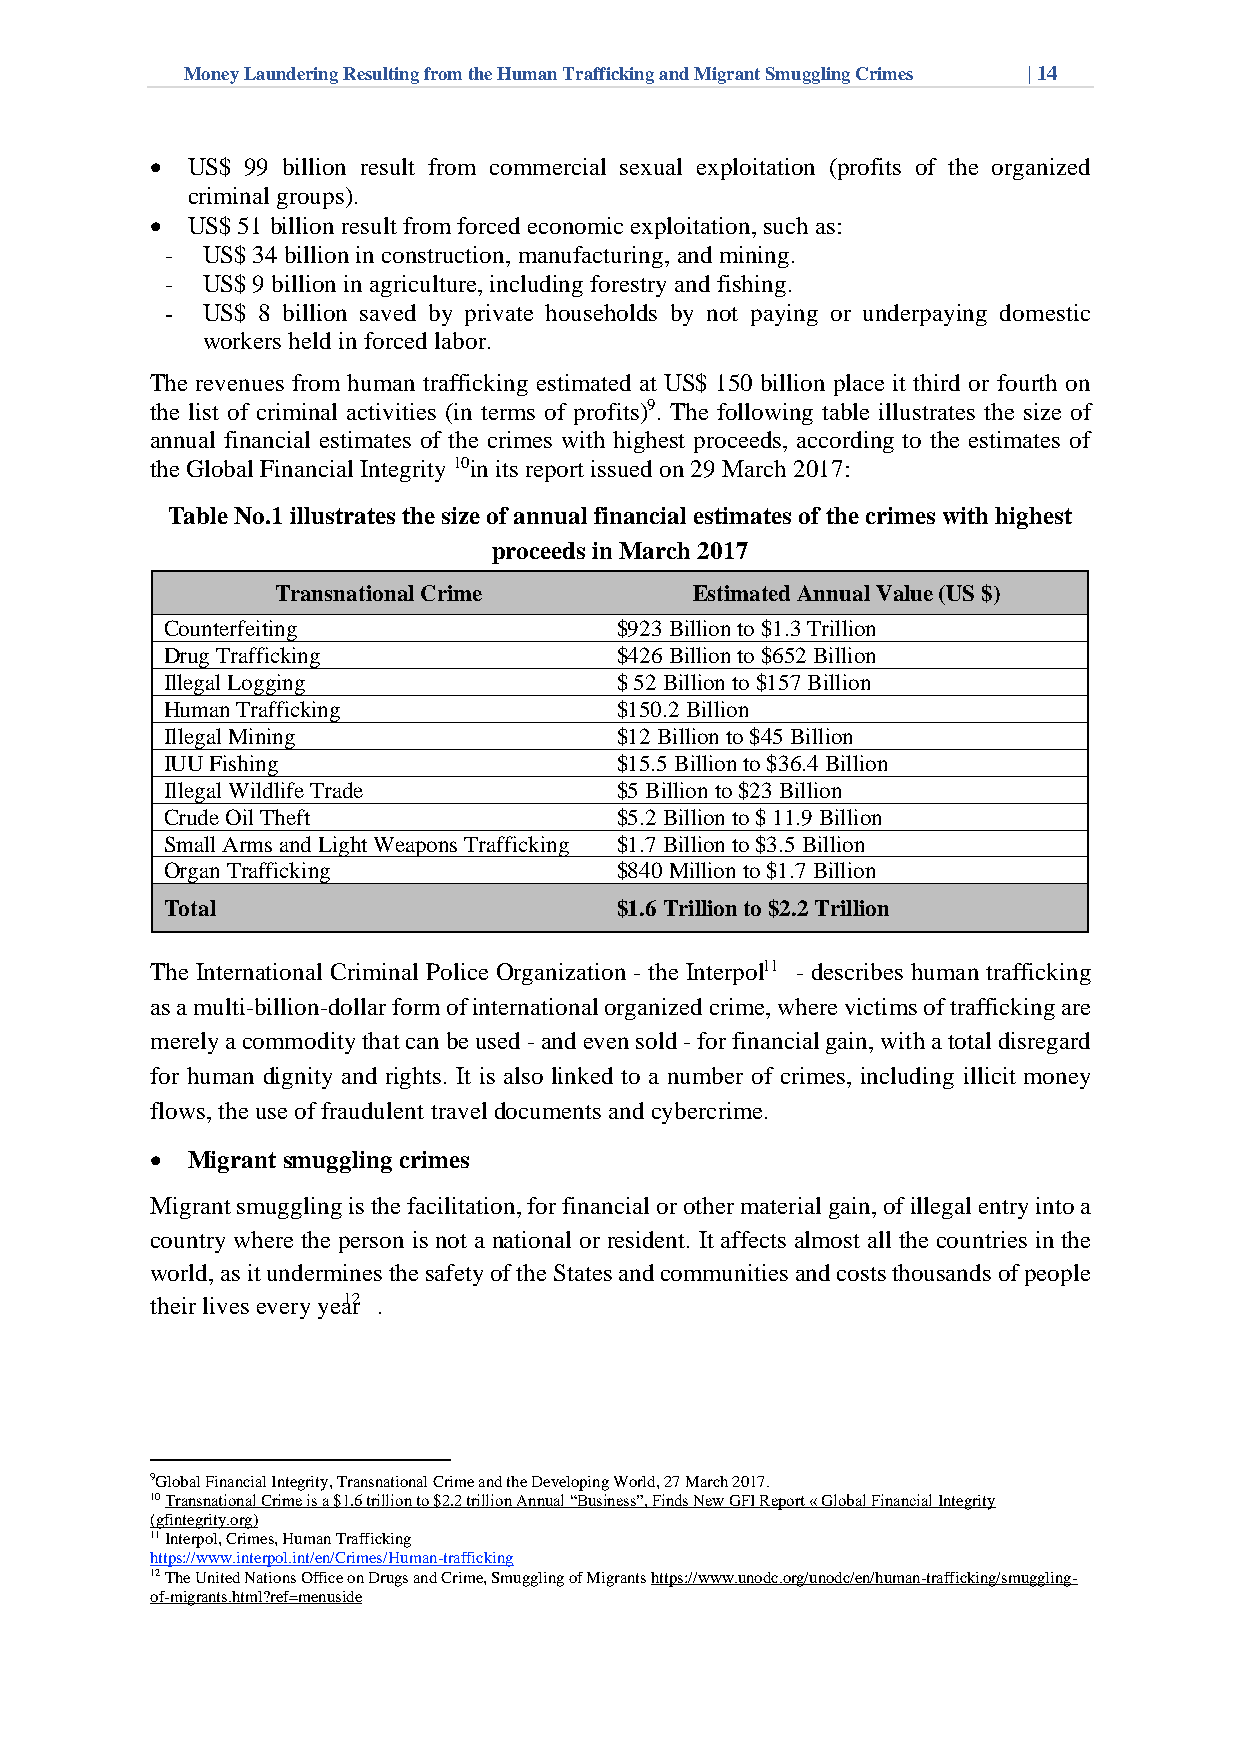
Money Laundering Resulting from the Human Trafficking and Migrant Smuggling Crimes | 14
 • US$ 99 billion result from commercial sexual exploitation (profits of the organized
 criminal groups).
 • US$ 51 billion result from forced economic exploitation, such as:
 - US$ 34 billion in construction, manufacturing, and mining.
 - US$ 9 billion in agriculture, including forestry and fishing.
 - US$ 8 billion saved by private households by not paying or underpaying domestic
 workers held in forced labor.
 The revenues from human trafficking estimated at US$ 150 billion place it third or fourth on
 the list of criminal activities (in terms of profits)9. The following table illustrates the size of
 annual financial estimates of the crimes with highest proceeds, according to the estimates of
 the Global Financial Integrity 10in its report issued on 29 March 2017:
 Table No.1 illustrates the size of annual financial estimates of the crimes with highest
 proceeds in March 2017
 Transnational Crime         Estimated Annual Value (US $)
 Counterfeiting                $923 Billion to $1.3 Trillion
 Drug Trafficking              $426 Billion to $652 Billion
 Illegal Logging               $ 52 Billion to $157 Billion
 Human Trafficking             $150.2 Billion
 Illegal Mining                $12 Billion to $45 Billion
 IUU Fishing                   $15.5 Billion to $36.4 Billion
 Illegal Wildlife Trade        $5 Billion to $23 Billion
 Crude Oil Theft               $5.2 Billion to $ 11.9 Billion
 Small Arms and Light Weapons Trafficking $1.7 Billion to $3.5 Billion
 Organ Trafficking             $840 Million to $1.7 Billion
 Total                         $1.6 Trillion to $2.2 Trillion
 The International Criminal Police Organization - the Interpol1 1 - describes human trafficking
 as a multi-billion-dollar form of international organized crime, where victims of trafficking are
 merely a commodity that can be used - and even sold - for financial gain, with a total disregard
 for human dignity and rights. It is also linked to a number of crimes, including illicit money
 flows, the use of fraudulent travel documents and cybercrime.
 • Migrant smuggling crimes
 Migrant smuggling is the facilitation, for financial or other material gain, of illegal entry into a
 country where the person is not a national or resident. It affects almost all the countries in the
 world, as it undermines the safety of the States and communities and costs thousands of people
 their lives every yea12r .
 9Global Financial Integrity, Transnational Crime and the Developing World, 27 March 2017.
 10 Transnational Crime is a $1.6 trillion to $2.2 trillion Annual “Business”, Finds New GFI Report « Global Financial Integrity
 (gfintegrity.org)
 11 Interpol, Crimes, Human Trafficking
 https://www.interpol.int/en/Crimes/Human-trafficking
 12 The United Nations Office on Drugs and Crime, Smuggling of Migrants https://www.unodc.org/unodc/en/human-trafficking/smuggling-
 of-migrants.html?ref=menuside